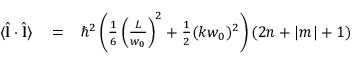
\begin{array} { r l r } { \langle \hat { \bf l } \cdot \hat { \bf l } \rangle } & { { } = } & { \hbar ^ { 2 } \left( \frac { 1 } { 6 } \left( \frac { L } { w _ { 0 } } \right) ^ { 2 } + \frac { 1 } { 2 } ( k w _ { 0 } ) ^ { 2 } \right) ( 2 n + | m | + 1 ) } \end{array}